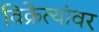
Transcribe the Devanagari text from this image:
विक्रेत्यांवर